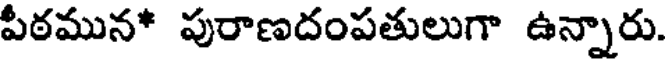
పీఠమున* పురాణదంపతులుగా ఉన్నారు.